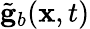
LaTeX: \tilde{\mathbf g}_{b}({\mathbf x},t)